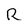
Character: R